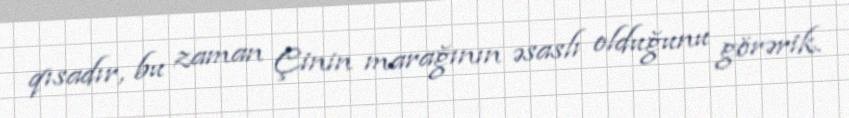
qısadır, bu zaman Çinin marağının əsaslı olduğunu görərik.